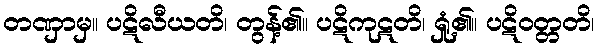
တဏှာမှ။ ပဋိလီယတိ၊ တွန့်၏။ ပဋိကုဋတိ၊ ရှုံ့၏။ ပဋိဝတ္တတိ၊